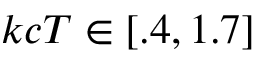
k c T \in [ . 4 , 1 . 7 ]